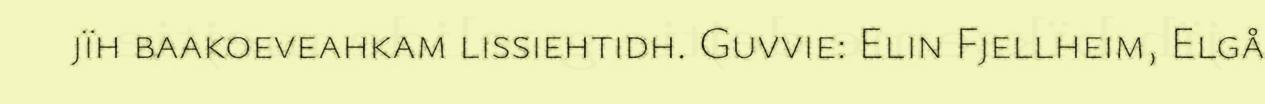
jïh baakoeveahkam lissiehtidh. Guvvie: Elin Fjellheim, Elgå